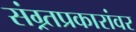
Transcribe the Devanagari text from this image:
संग्र्र्तप्रकारांवर